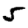
Digit: 5